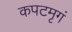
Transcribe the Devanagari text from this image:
कपटमृगं